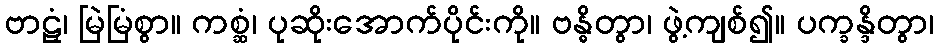
ဗာဠှံ၊ မြဲမြံစွာ။ ကစ္ဆံ၊ ပုဆိုးအောက်ပိုင်းကို။ ဗန္ဓိတွာ၊ ဖွဲ့ကျစ်၍။ ပက္ခန္ဒိတွာ၊